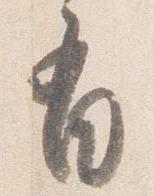
有